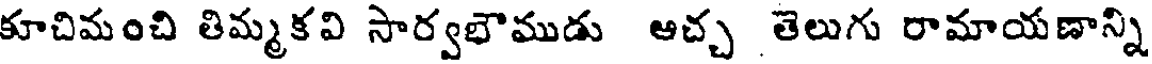
కూచిమంచి తిమ్మకవి సార్వభౌముడు అచ్చ తెలుగు రామాయణాన్ని